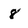
Character: 8